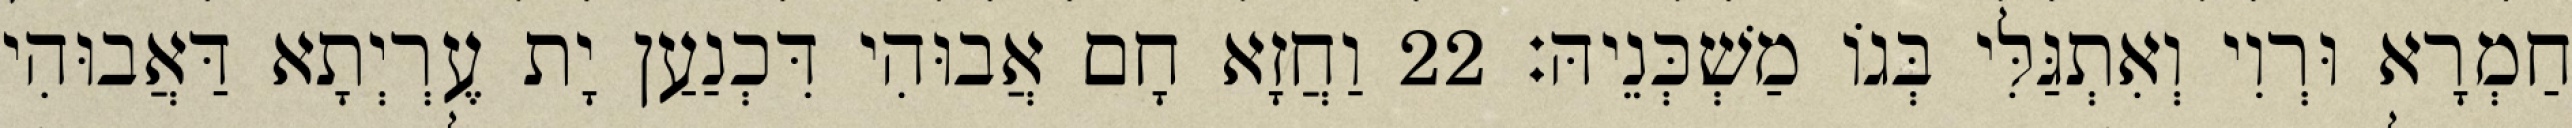
חַמְרָא וּרְוִי וְאִתְגַּלִּי בְּגוֹ מַשְׁכְּנֵיהּ׃ 22 וַחֲזָא חָם אֲבוּהִי דִּכְנַעַן יָת עֶרְיְתָא דַּאֲבוּהִי